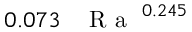
0 . 0 7 3 \, \mathrm { ~ \textit ~ { ~ R ~ a ~ } ~ } ^ { 0 . 2 4 5 }